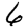
Digit: 6